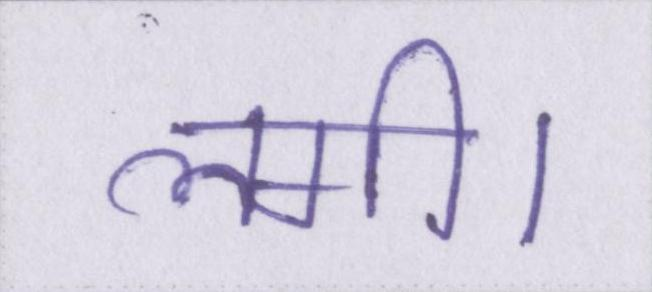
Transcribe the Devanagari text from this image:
लगी।